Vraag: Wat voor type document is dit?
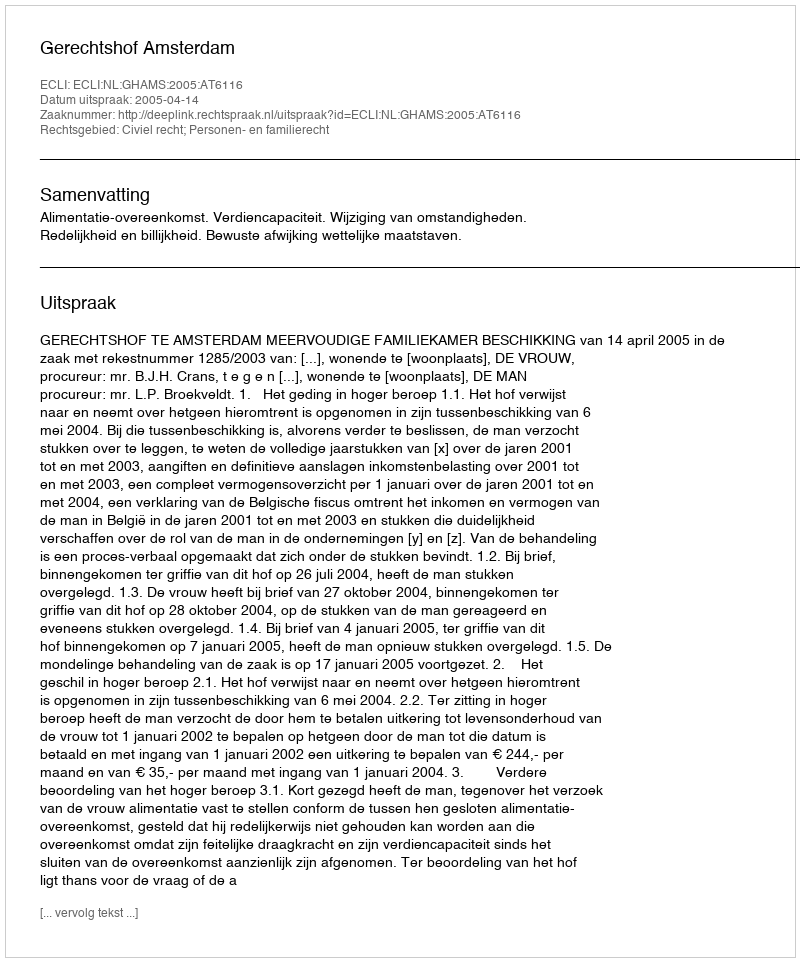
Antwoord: Uitspraak